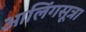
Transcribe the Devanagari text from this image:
आलिंगसूत्र।